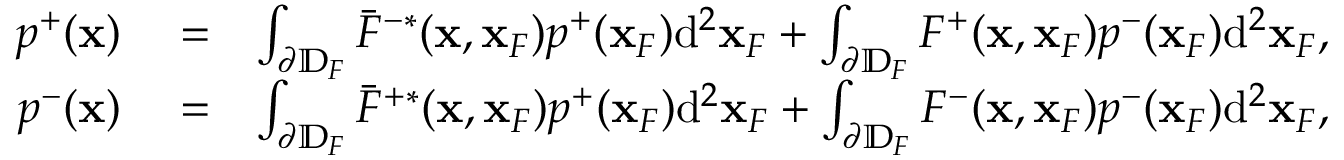
\begin{array} { r l r } { p ^ { + } ( { \bf x } ) } & { { } = } & { \int _ { \partial \mathbb { D } _ { F } } \bar { F } ^ { - * } ( { \bf x } , { \bf x } _ { F } ) p ^ { + } ( { \bf x } _ { F } ) \mathrm { d } ^ { 2 } { \bf x } _ { F } + \int _ { \partial \mathbb { D } _ { F } } F ^ { + } ( { \bf x } , { \bf x } _ { F } ) p ^ { - } ( { \bf x } _ { F } ) \mathrm { d } ^ { 2 } { \bf x } _ { F } , } \\ { p ^ { - } ( { \bf x } ) } & { { } = } & { \int _ { \partial \mathbb { D } _ { F } } \bar { F } ^ { + * } ( { \bf x } , { \bf x } _ { F } ) p ^ { + } ( { \bf x } _ { F } ) \mathrm { d } ^ { 2 } { \bf x } _ { F } + \int _ { \partial \mathbb { D } _ { F } } F ^ { - } ( { \bf x } , { \bf x } _ { F } ) p ^ { - } ( { \bf x } _ { F } ) \mathrm { d } ^ { 2 } { \bf x } _ { F } , } \end{array}